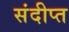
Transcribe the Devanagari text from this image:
संदीप्त